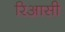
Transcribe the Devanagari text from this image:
रिआसी